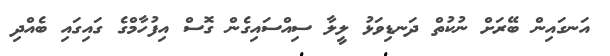
އަނގައިން ބޭރަށް ނުކުތް ދަނޑިވަޅު ލީލާ ސިއްސައިގެން ގޮސް އިފުހާމްގެ ގައިގައި ބެއްދި